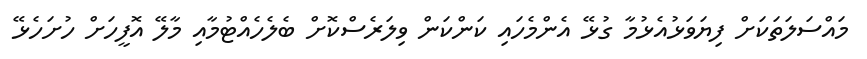
މައްސަލަތަކަށް ފިޔަވަޅުއެޅުމާ ގުޅޭ އެންމެހައި ކަންކަން ވިލަރެސްކޮށް ބެލެހެއްޓުމާއި މާލޭ އޮފީހަށް ހުށަހެޅޭ